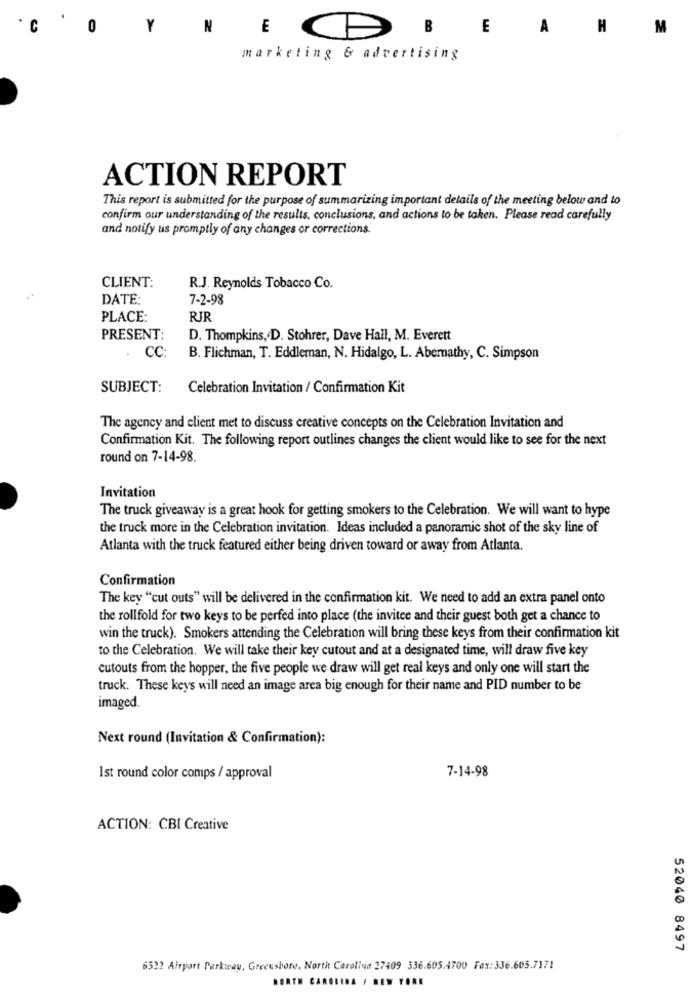
. C
0
Y
N
E
A
H
M
marketing & advertising
ACTION REPORT
This report is submitted for the purpose of summarizing important delails of the meeting below and to
confirm our understanding of the results, conclusions, and actions to be taken. Please read carefully
and notify us promptly of any changes or corrections.
CLIENT:
R.J. Reynolds Tobacco Co.
DATE:
7-2-98
PLACE:
RJR
PRESENT:
D. Thompkins, D. Stohrer, Dave Hall, M. Everett
CC:
B. Flichman, T. Eddleman, N. Hidalgo, L. Abernathy, C. Simpson
SUBJECT:
Celebration Invitation / Confirmation Kit
The agency and client met to discuss creative concepts on the Celebration Invitation and
Confirmation Kit. The following report outlines changes the client would like to see for the next
round on 7-14-98.
Invitation
The truck giveaway is a great hook for getting smokers to the Celebration. We will want to hype
the truck more in the Celebration invitation. Ideas included a panoramic shot of the sky line of
Atlanta with the truck featured either being driven toward or away from Atlanta.
Confirmation
The key "cut outs" will be delivered in the confirmation kit. We need to add an extra panel onto
the rollfold for two keys to be perfed into place (the invitee and their guest both get a chance to
win the truck). Smokers attending the Celebration will bring these keys from their confirmation kit
to the Celebration. We will take their key cutout and at a designated time, will draw five key
cutouts from the hopper, the five people we draw will get real keys and only one will start the
truck. These keys will need an image area big enough for their name and PID number to be
imaged.
Next round (Invitation & Confirmation):
7-14-98
Ist round color comps / approval
ACTION: CBI Creative
52040 8497
6522 Airport Parkway, Greenshore. North Carolina 27409 336.605.4700 Fax: 336.605.7171
NORTH CAROLINA / NEW YORK